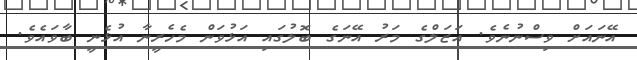
އޭނައަށް ވިސްނުނެވެ. އަޒަލްގެ މަރު އޭނަގެ ބޮލުގައި އަޅުވަން މެހެރީނާ އުޅެނީ ބާވައެވެ.